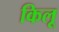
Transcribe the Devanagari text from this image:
किलू